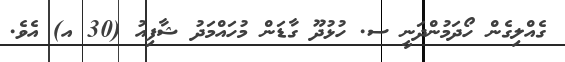
ގެއްލިގެން ހޯދަމުންދަނީ ސ. ހުޅުދޫ ގާޑަން މުހައްމަދު ޝާފިއު (30 އ) އެވެ.